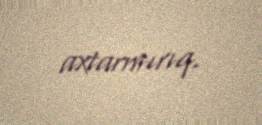
axtarmırıq.